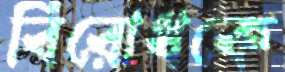
বিরোধকে